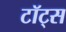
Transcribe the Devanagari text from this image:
टॉट्स